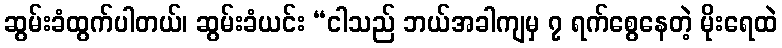
ဆွမ်းခံထွက်ပါတယ်၊ ဆွမ်းခံယင်း “ငါသည် ဘယ်အခါကျမှ ၇ ရက်စွေနေတဲ့ မိုးရေထဲ